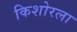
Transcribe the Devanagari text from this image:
किशोरला